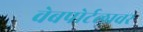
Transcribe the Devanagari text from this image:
वेबपोर्टलावर